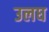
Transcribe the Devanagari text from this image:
उलघ